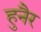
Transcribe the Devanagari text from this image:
हुनैर